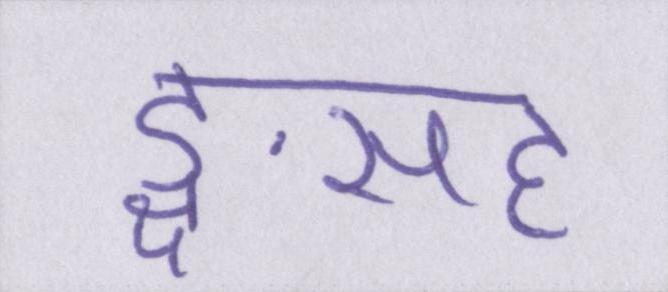
ङ्क्षसह